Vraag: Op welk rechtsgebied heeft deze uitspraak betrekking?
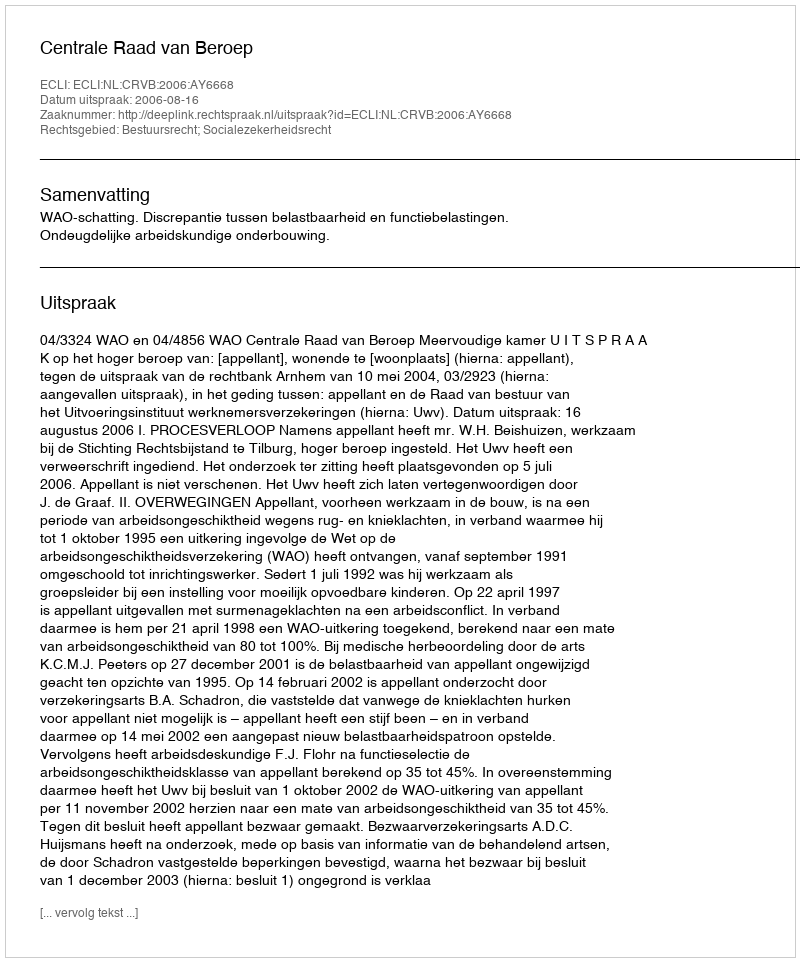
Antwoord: Bestuursrecht; Socialezekerheidsrecht